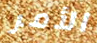
الأمر